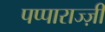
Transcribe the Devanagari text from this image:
पप्पाराज्ज़ी